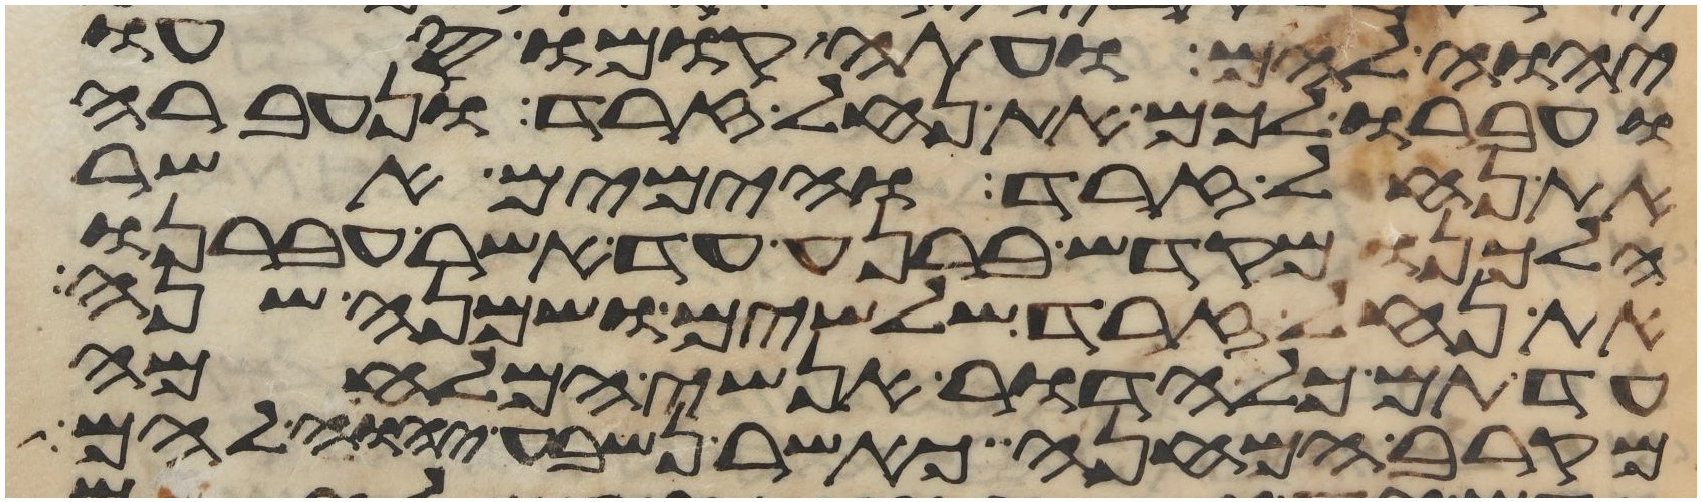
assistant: יהוה להם ועתה קומו סעו
ועברו לכם את נחל זרד ונעברה
את נחל זרד והימים אשר
הלכנו מקדש ברנע עד אשר עברנו
את נחל זרד שלשים ושמנה שנה
עד תם כל הדור אנשי המלחמה
מקרב המחנה כאשר נשבע יהוה להם